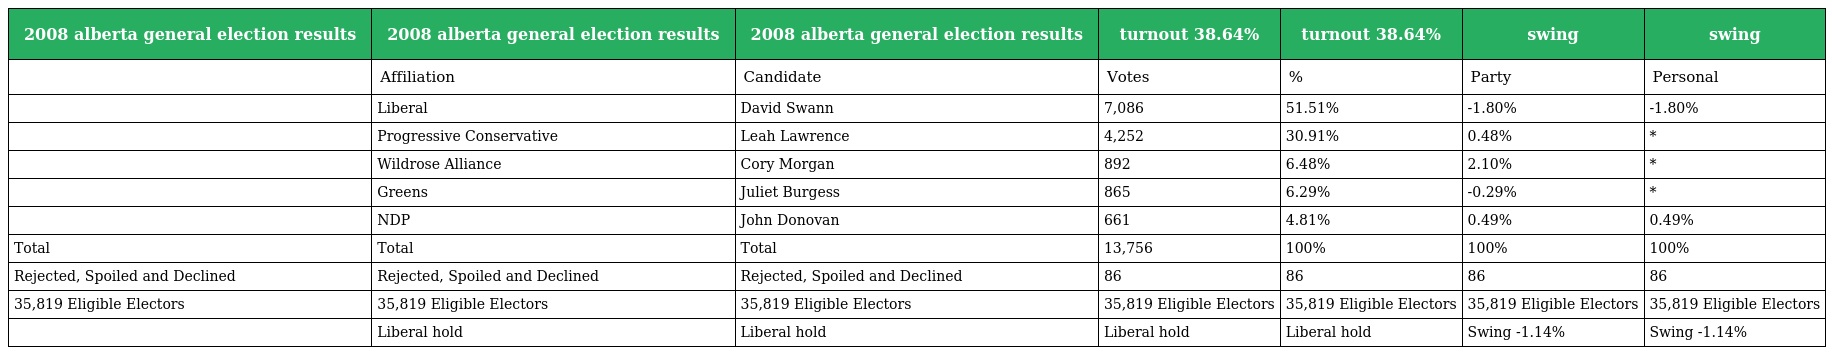
| 2008 alberta general election results | 2008 alberta general election results | 2008 alberta general election results | turnout 38.64% | turnout 38.64% | swing | swing |
 | --- | --- | --- | --- | --- | --- | --- |
 |  | Affiliation | Candidate | Votes | % | Party | Personal |
 |  | Liberal | David Swann | 7,086 | 51.51% | -1.80% | -1.80% |
 |  | Progressive Conservative | Leah Lawrence | 4,252 | 30.91% | 0.48% | * |
 |  | Wildrose Alliance | Cory Morgan | 892 | 6.48% | 2.10% | * |
 |  | Greens | Juliet Burgess | 865 | 6.29% | -0.29% | * |
 |  | NDP | John Donovan | 661 | 4.81% | 0.49% | 0.49% |
 | Total | Total | Total | 13,756 | 100% | 100% | 100% |
 | Rejected, Spoiled and Declined | Rejected, Spoiled and Declined | Rejected, Spoiled and Declined | 86 | 86 | 86 | 86 |
 | 35,819 Eligible Electors | 35,819 Eligible Electors | 35,819 Eligible Electors | 35,819 Eligible Electors | 35,819 Eligible Electors | 35,819 Eligible Electors | 35,819 Eligible Electors |
 |  | Liberal hold | Liberal hold | Liberal hold | Liberal hold | Swing -1.14% | Swing -1.14% |